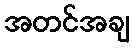
အတင်အချ